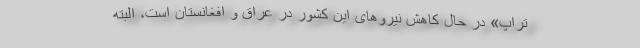
تراپ» در حال کاهش نیروهای این کشور در عراق و افغانستان است، البته